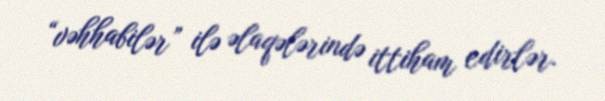
“vəhhabilər” ilə əlaqələrində ittiham edirlər.